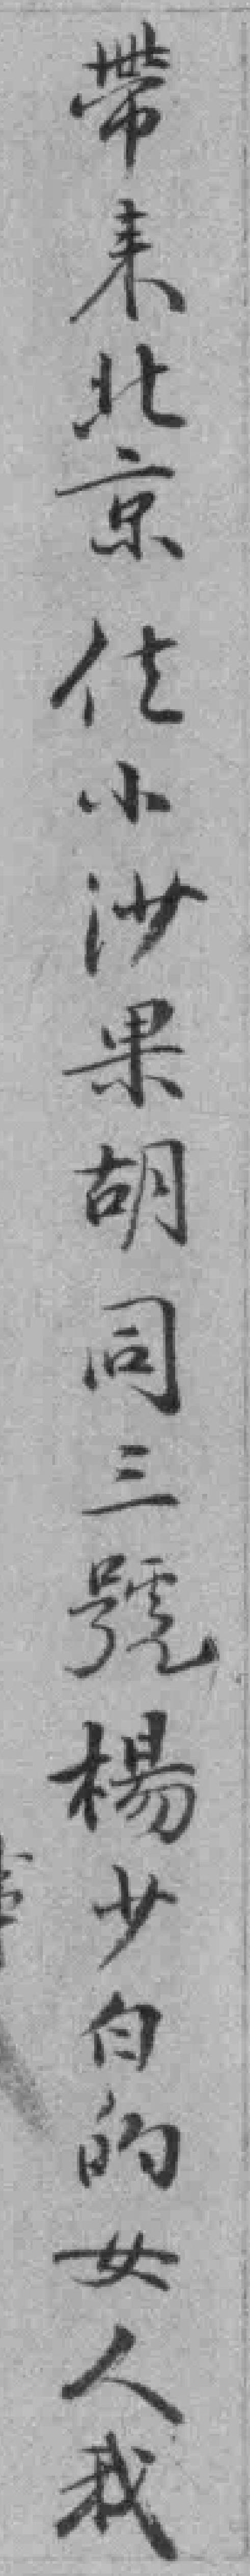
帶来北京住小沙果胡同三號楊少白的女人我